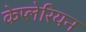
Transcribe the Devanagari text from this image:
केप्लेरियन